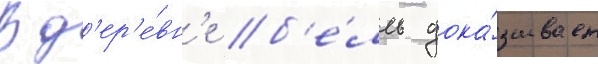
В д'ер'е́вн'е б'е́лль дока́зывает